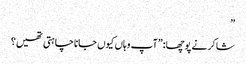
”
شاکر نے پوچھا:”آپ وہاں کیوں جانا چاہتی تھیں؟